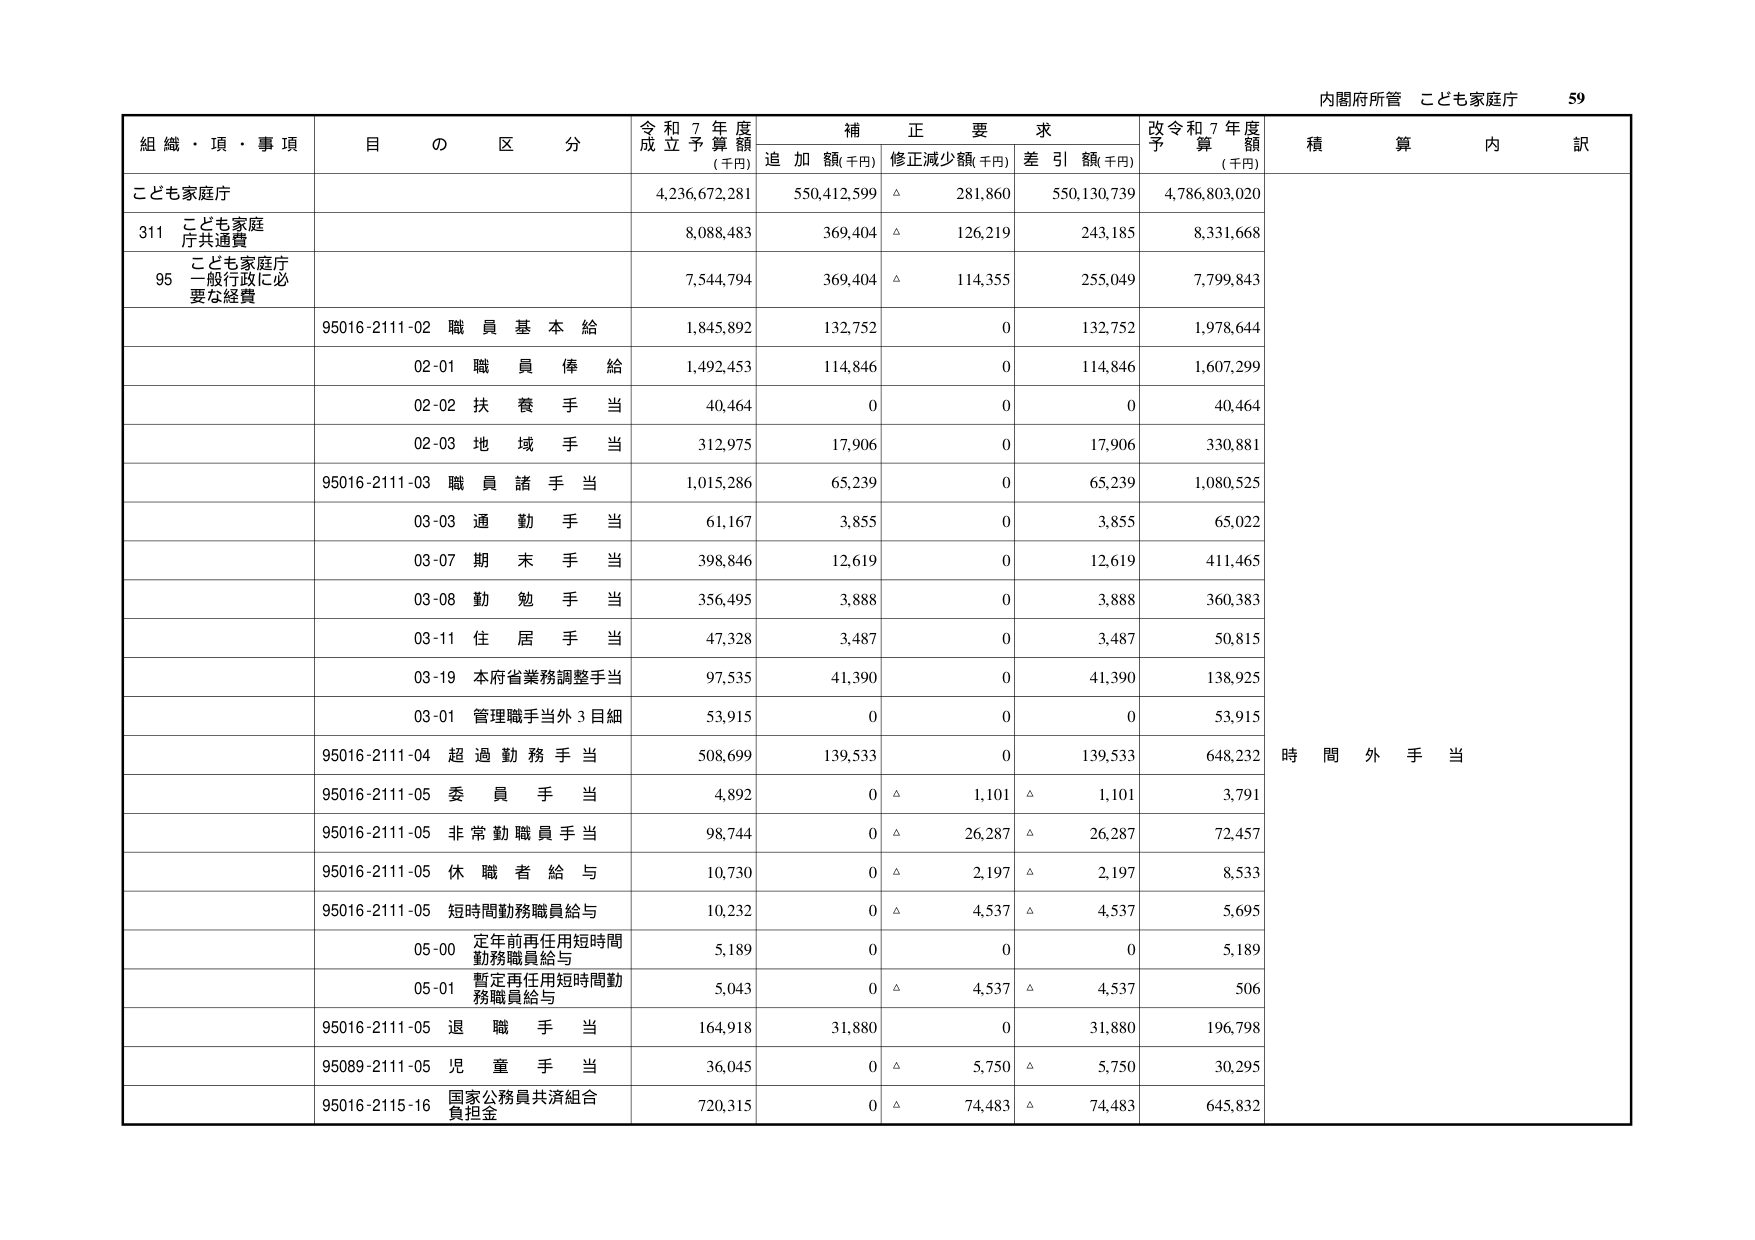
内閣府所管 こども家庭庁 59

組織・事項 目の区分 令和7年度成立予算額(千円) 補正要求 追加額(千円) 修正減少額(千円) 差引額(千円) 改令和7年度予算額(千円) 積算内訳

こども家庭庁 4,236,672,281 550,412,599 △ 281,860 550,130,739 4,786,803,020

311 こども家庭庁共通費 8,088,483 369,404 △ 126,219 243,185 8,331,668

95 こども家庭庁一般行政に必要な経費 7,544,794 369,404 △ 114,355 255,049 7,799,843

95016-2111-02 職員基本給 1,845,892 132,752 0 132,752 1,978,644

02-01 職員俸給 1,492,453 114,846 0 114,846 1,607,299

02-02 扶養手当 40,464 0 0 0 40,464

02-03 地域手当 312,975 17,906 0 17,906 330,881

95016-2111-03 職員諸手当 1,015,286 65,239 0 65,239 1,080,525

03-03 通勤手当 61,167 3,855 0 3,855 65,022

03-07 期末手当 398,846 12,619 0 12,619 411,465

03-08 勤勉手当 356,495 3,888 0 3,888 360,383

03-11 住居手当 47,328 3,487 0 3,487 50,815

03-19 本府省業務調整手当 97,535 41,390 0 41,390 138,925

03-01 管理職手当外3目細 53,915 0 0 0 53,915

95016-2111-04 超過勤務手当 508,699 139,533 0 139,533 648,232 時間外手当

95016-2111-05 委員手当 4,892 0 △ 1,101 △ 1,101 3,791

95016-2111-05 非常勤職員手当 98,744 0 △ 26,287 △ 26,287 72,457

95016-2111-05 休職者給与 10,730 0 △ 2,197 △ 2,197 8,533

95016-2111-05 短時間勤務職員給与 10,232 0 △ 4,537 △ 4,537 5,695

05-00 定年前再任用短時間勤務職員給与 5,189 0 0 0 5,189

05-01 暫定再任用短時間勤務職員給与 5,043 0 △ 4,537 △ 4,537 506

95016-2111-05 退職手当 164,918 31,880 0 31,880 196,798

95089-2111-05 児童手当 36,045 0 △ 5,750 △ 5,750 30,295

95016-2115-16 国家公務員共済組合負担金 720,315 0 △ 74,483 △ 74,483 645,832